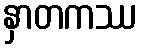
နှာတကဿ